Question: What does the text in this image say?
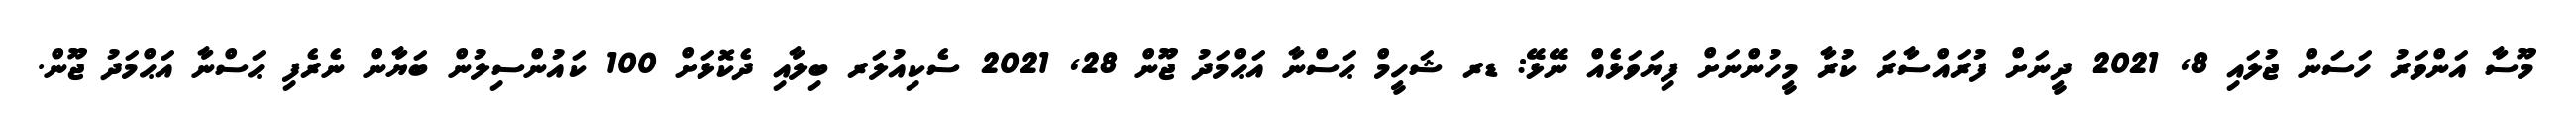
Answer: މޫސާ އަންވަރު ހަސަން ޖުލައި 8, 2021 ދީނަށް ފުރައްސާރަ ކުރާ މީހުންނަށް ފިޔަވަޅެއް ނޭޅޭ: ޑރ ޝަހީމް ޙަސްނާ އަޙްމަދު ޖޫން 28, 2021 ސެކިއުލަރ ބިލާއި ދެކޮޅަށް 100 ކައުންސިލުން ބަޔާން ނެރެފި ޙަސްނާ އަޙްމަދު ޖޫން.